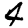
Digit: 4